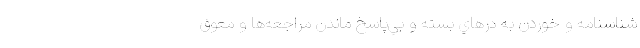
شناسنامه و خوردن به در‌هاي بسته و بي‌پاسخ‌ ماندن مراجعه‌ها و معوق‌